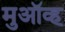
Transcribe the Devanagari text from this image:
मुऑव्ह